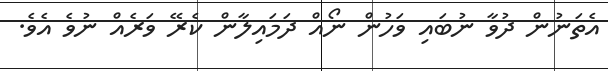
އެތަނުން ދުވާ ނުބައި ވަހުން ނޯއް ދަމައިލާން ކެރޭ ވަރެއް ނުވެ އެވެ.